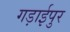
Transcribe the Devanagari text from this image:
गड़ाईपुर